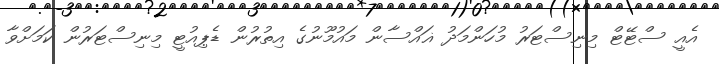
އެއީ ސްޓޭޓް މިނިސްޓަރު މުހަންމަދު ޣައްސާން މައުމޫނުގެ އިތުރުން ޑެޕިއުޓީ މިނިސްޓަރުން ކަމަށްވާ